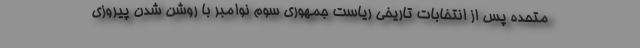
متحده پس از انتخابات تاریخی ریاست جمهوری سوم نوامبر با روشن شدن پیروزی